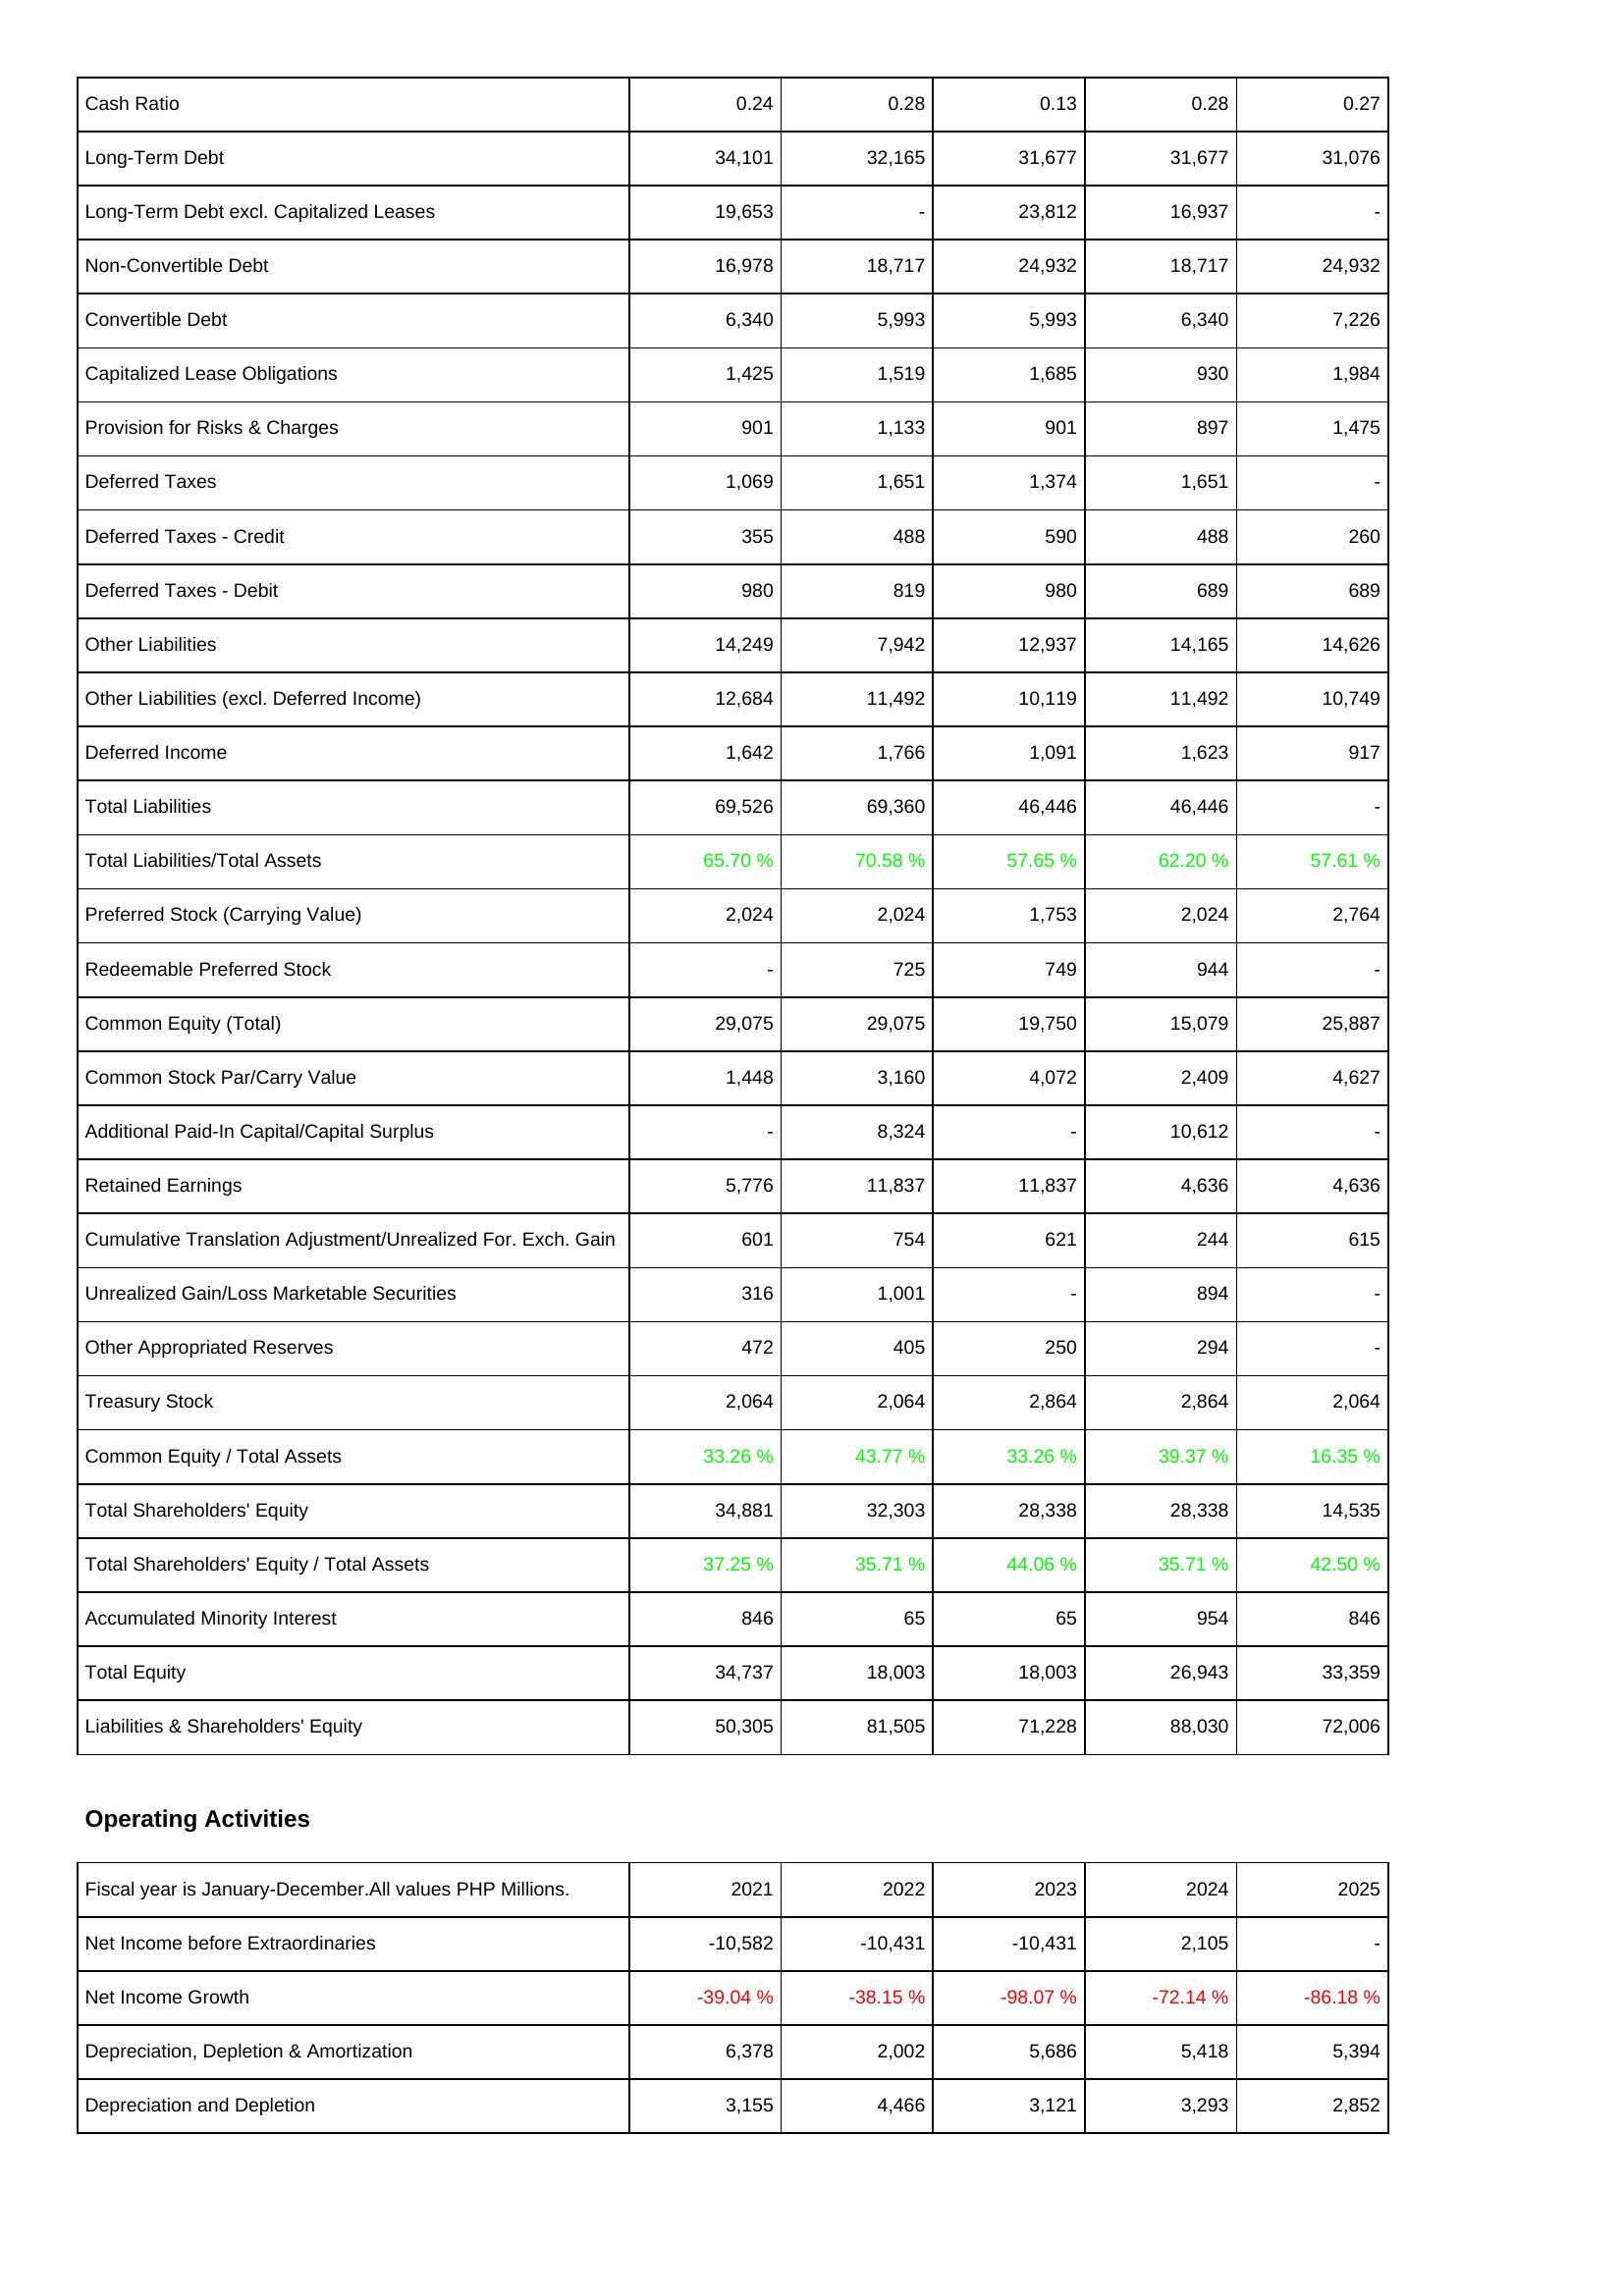
2021: Liabilities & Shareholders' Equity: Cash Ratio: 0.24
Long-Term Debt: 34,101
Long-Term Debt excl. Capitalized Leases: 19,653
Non-Convertible Debt: 16,978
Convertible Debt: 6,340
Capitalized Lease Obligations: 1,425
Provision for Risks & Charges: 901
Deferred Taxes: 1,069
Deferred Taxes - Credit: 355
Deferred Taxes - Debit: 980
Other Liabilities: 14,249
Other Liabilities (excl. Deferred Income): 12,684
Deferred Income: 1,642
Total Liabilities: 69,526
Total Liabilities/Total Assets: 65.70 %
Preferred Stock (Carrying Value): 2,024
Redeemable Preferred Stock: -
Common Equity (Total): 29,075
Common Stock Par/Carry Value: 1,448
Additional Paid-In Capital/Capital Surplus: -
Retained Earnings: 5,776
Cumulative Translation Adjustment/Unrealized For. Exch. Gain: 601
Unrealized Gain/Loss Marketable Securities: 316
Other Appropriated Reserves: 472
Treasury Stock: 2,064
Common Equity / Total Assets: 33.26 %
Total Shareholders' Equity: 34,881
Total Shareholders' Equity / Total Assets: 37.25 %
Accumulated Minority Interest: 846
Total Equity: 34,737
Liabilities & Shareholders' Equity: 50,305
Operating Activities: Net Income before Extraordinaries: -10,582
Net Income Growth: -39.04 %
Depreciation, Depletion & Amortization: 6,378
Depreciation and Depletion: 3,155
2022: Liabilities & Shareholders' Equity: Cash Ratio: 0.28
Long-Term Debt: 32,165
Long-Term Debt excl. Capitalized Leases: -
Non-Convertible Debt: 18,717
Convertible Debt: 5,993
Capitalized Lease Obligations: 1,519
Provision for Risks & Charges: 1,133
Deferred Taxes: 1,651
Deferred Taxes - Credit: 488
Deferred Taxes - Debit: 819
Other Liabilities: 7,942
Other Liabilities (excl. Deferred Income): 11,492
Deferred Income: 1,766
Total Liabilities: 69,360
Total Liabilities/Total Assets: 70.58 %
Preferred Stock (Carrying Value): 2,024
Redeemable Preferred Stock: 725
Common Equity (Total): 29,075
Common Stock Par/Carry Value: 3,160
Additional Paid-In Capital/Capital Surplus: 8,324
Retained Earnings: 11,837
Cumulative Translation Adjustment/Unrealized For. Exch. Gain: 754
Unrealized Gain/Loss Marketable Securities: 1,001
Other Appropriated Reserves: 405
Treasury Stock: 2,064
Common Equity / Total Assets: 43.77 %
Total Shareholders' Equity: 32,303
Total Shareholders' Equity / Total Assets: 35.71 %
Accumulated Minority Interest: 65
Total Equity: 18,003
Liabilities & Shareholders' Equity: 81,505
Operating Activities: Net Income before Extraordinaries: -10,431
Net Income Growth: -38.15 %
Depreciation, Depletion & Amortization: 2,002
Depreciation and Depletion: 4,466
2023: Liabilities & Shareholders' Equity: Cash Ratio: 0.13
Long-Term Debt: 31,677
Long-Term Debt excl. Capitalized Leases: 23,812
Non-Convertible Debt: 24,932
Convertible Debt: 5,993
Capitalized Lease Obligations: 1,685
Provision for Risks & Charges: 901
Deferred Taxes: 1,374
Deferred Taxes - Credit: 590
Deferred Taxes - Debit: 980
Other Liabilities: 12,937
Other Liabilities (excl. Deferred Income): 10,119
Deferred Income: 1,091
Total Liabilities: 46,446
Total Liabilities/Total Assets: 57.65 %
Preferred Stock (Carrying Value): 1,753
Redeemable Preferred Stock: 749
Common Equity (Total): 19,750
Common Stock Par/Carry Value: 4,072
Additional Paid-In Capital/Capital Surplus: -
Retained Earnings: 11,837
Cumulative Translation Adjustment/Unrealized For. Exch. Gain: 621
Unrealized Gain/Loss Marketable Securities: -
Other Appropriated Reserves: 250
Treasury Stock: 2,864
Common Equity / Total Assets: 33.26 %
Total Shareholders' Equity: 28,338
Total Shareholders' Equity / Total Assets: 44.06 %
Accumulated Minority Interest: 65
Total Equity: 18,003
Liabilities & Shareholders' Equity: 71,228
Operating Activities: Net Income before Extraordinaries: -10,431
Net Income Growth: -98.07 %
Depreciation, Depletion & Amortization: 5,686
Depreciation and Depletion: 3,121
2024: Liabilities & Shareholders' Equity: Cash Ratio: 0.28
Long-Term Debt: 31,677
Long-Term Debt excl. Capitalized Leases: 16,937
Non-Convertible Debt: 18,717
Convertible Debt: 6,340
Capitalized Lease Obligations: 930
Provision for Risks & Charges: 897
Deferred Taxes: 1,651
Deferred Taxes - Credit: 488
Deferred Taxes - Debit: 689
Other Liabilities: 14,165
Other Liabilities (excl. Deferred Income): 11,492
Deferred Income: 1,623
Total Liabilities: 46,446
Total Liabilities/Total Assets: 62.20 %
Preferred Stock (Carrying Value): 2,024
Redeemable Preferred Stock: 944
Common Equity (Total): 15,079
Common Stock Par/Carry Value: 2,409
Additional Paid-In Capital/Capital Surplus: 10,612
Retained Earnings: 4,636
Cumulative Translation Adjustment/Unrealized For. Exch. Gain: 244
Unrealized Gain/Loss Marketable Securities: 894
Other Appropriated Reserves: 294
Treasury Stock: 2,864
Common Equity / Total Assets: 39.37 %
Total Shareholders' Equity: 28,338
Total Shareholders' Equity / Total Assets: 35.71 %
Accumulated Minority Interest: 954
Total Equity: 26,943
Liabilities & Shareholders' Equity: 88,030
Operating Activities: Net Income before Extraordinaries: 2,105
Net Income Growth: -72.14 %
Depreciation, Depletion & Amortization: 5,418
Depreciation and Depletion: 3,293
2025: Liabilities & Shareholders' Equity: Cash Ratio: 0.27
Long-Term Debt: 31,076
Long-Term Debt excl. Capitalized Leases: -
Non-Convertible Debt: 24,932
Convertible Debt: 7,226
Capitalized Lease Obligations: 1,984
Provision for Risks & Charges: 1,475
Deferred Taxes: -
Deferred Taxes - Credit: 260
Deferred Taxes - Debit: 689
Other Liabilities: 14,626
Other Liabilities (excl. Deferred Income): 10,749
Deferred Income: 917
Total Liabilities: -
Total Liabilities/Total Assets: 57.61 %
Preferred Stock (Carrying Value): 2,764
Redeemable Preferred Stock: -
Common Equity (Total): 25,887
Common Stock Par/Carry Value: 4,627
Additional Paid-In Capital/Capital Surplus: -
Retained Earnings: 4,636
Cumulative Translation Adjustment/Unrealized For. Exch. Gain: 615
Unrealized Gain/Loss Marketable Securities: -
Other Appropriated Reserves: -
Treasury Stock: 2,064
Common Equity / Total Assets: 16.35 %
Total Shareholders' Equity: 14,535
Total Shareholders' Equity / Total Assets: 42.50 %
Accumulated Minority Interest: 846
Total Equity: 33,359
Liabilities & Shareholders' Equity: 72,006
Operating Activities: Net Income before Extraordinaries: -
Net Income Growth: -86.18 %
Depreciation, Depletion & Amortization: 5,394
Depreciation and Depletion: 2,852